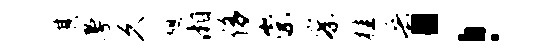
其曼久憩湘侈崇察桂兵；